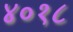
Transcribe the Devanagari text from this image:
४०१८